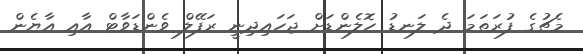
މެޗުގެ ފުރަތަމަ ދެ ލަނޑު ހޮލެންޑަށް ޖަހައިދިނީ ރަފޭލް ވެންޑަވާޓް އާއި އާޔެން